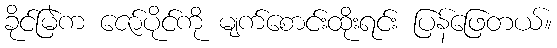
ခိုင်မြဲက ဇော်ပိုင်ကို မျက်စောင်းထိုးရင်း ပြန်ဖြေတယ်။